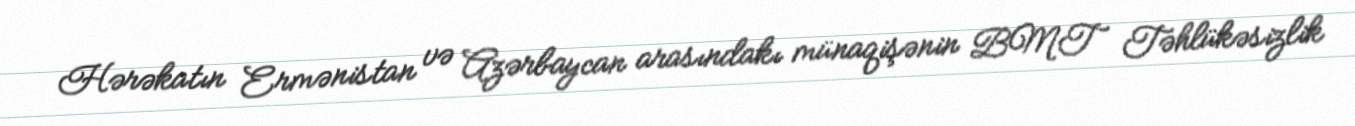
Hərəkatın Ermənistan və Azərbaycan arasındakı münaqişənin BMT Təhlükəsizlik